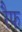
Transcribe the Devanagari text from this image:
रैफ